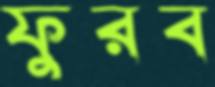
ফুরব